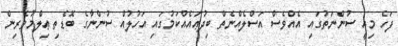
ފަހެ މިއީ ސުންނަތުގައި އެއްވެސް އަސްލެއްނެތް ބިދުޢައެއްކަމުގައި އަހުލުއް ސުންނާގެ ބޮޑެތި ޢިލްމުވެރިން